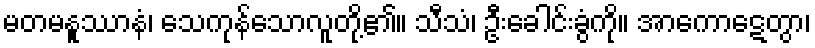
မတမနူဿာနံ၊ သေကုန်သောလူတို့၏။ သီသံ၊ ဦးခေါင်းခွံကို။ အာကောဋေတွာ၊